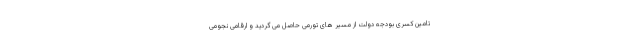
تامین کسری بودجه دولت از مسیر های تورمی حاصل می گردید و ارقامی نجومی